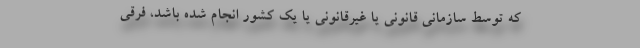
که توسط سازمانی قانونی یا غیرقانونی یا یک کشور انجام شده باشد، فرقی